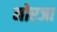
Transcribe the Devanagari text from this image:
मोरजा